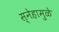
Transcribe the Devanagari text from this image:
स्नेहामुळे